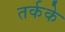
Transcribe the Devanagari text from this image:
तर्कके